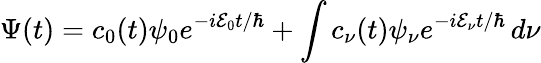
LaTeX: \Psi(t)=c_{0}(t)\psi_{0}e^{-i\mathcal{E}_{0}t/\hbar}+\int c_{\nu}(t)\psi_{\nu}e^{-i\mathcal{E}_{\nu}t/\hbar}\, d\nu